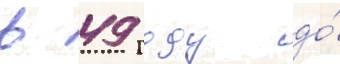
в 49 году до́